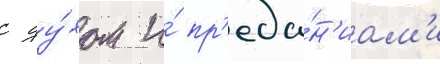
с ду́хом и́ пр'еда́н'иам'и